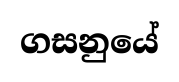
ගසනුයේ